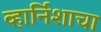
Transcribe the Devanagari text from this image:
व्हार्निशाचा